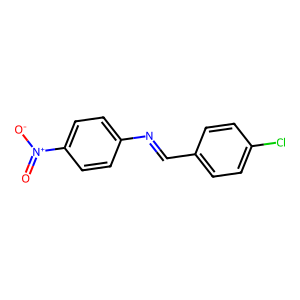
SMILES: O=[N+]([O-])c1ccc(N=Cc2ccc(Cl)cc2)cc1
Inhibits HIV replication: No